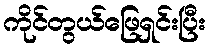
ကိုင်တွယ်ဖြေရှင်းပြီး